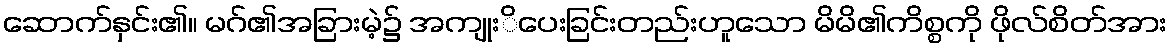
ဆောက်နှင်း၏။ မဂ်၏အခြားမဲ့၌ အကျုးိပေးခြင်းတည်းဟူသော မိမိ၏ကိစ္စကို ဖိုလ်စိတ်အား